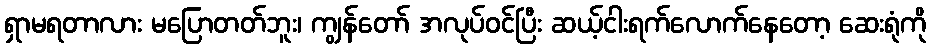
ရှာမရတာလား မပြောတတ်ဘူး၊ ကျွန်တော် အလုပ်ဝင်ပြီး ဆယ့်ငါးရက်လောက်နေတော့ ဆေးရုံကို